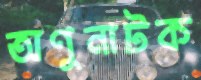
অণুনাটক